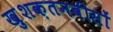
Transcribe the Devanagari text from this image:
ख़ुशक़तनवीसों